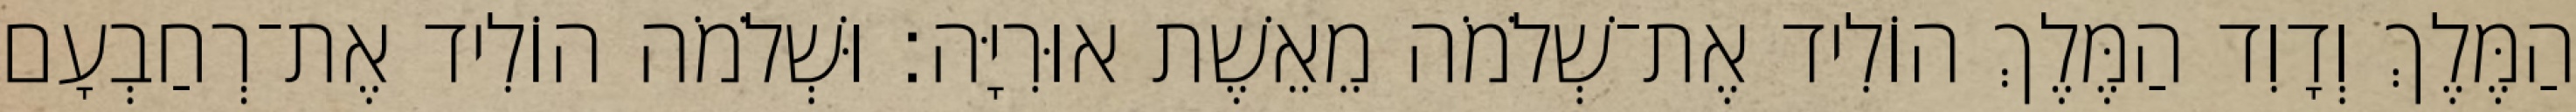
הַמֶּלֶךְ וְדָוִד הַמֶּלֶךְ הוֹלִיד אֶת־שְׁלֹמֹה מֵאֵשֶׁת אוּרִיָּה׃ וּשְׁלֹמֹה הוֹלִיד אֶת־רְחַבְעָם